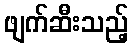
ဖျက်ဆီးသည့်